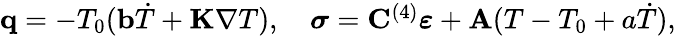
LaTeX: \begin{array}{r}{\mathbf q=-T_{0}(\mathbf b\dot{T}+\mathbf K\nabla T),\quad\boldsymbol{\sigma}=\mathbf C^{(4)}\boldsymbol{\varepsilon}+\mathbf A(T-T_{0}+a\dot{T}),}\end{array}